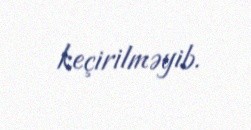
keçirilməyib.